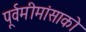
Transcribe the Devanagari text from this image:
पूर्वमीमांसाकाे